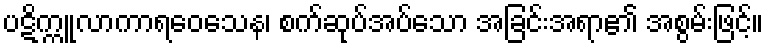
ပဋိက္ကူလာကာရဝေသေန၊ စက်ဆုပ်အပ်သော အခြင်းအရာ၏ အစွမ်းဖြင့်။